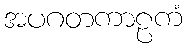
အပဂတကာဠကံ